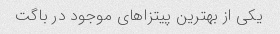
یکی از بهترین پیتزا‌های موجود در باگت